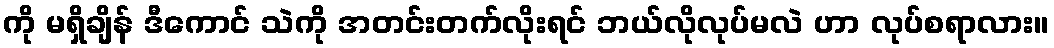
ကို မရှိချိန် ဒီကောင် သဲကို အတင်းတက်လိုးရင် ဘယ်လိုလုပ်မလဲ ဟာ လုပ်စရာလား။